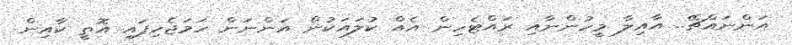
އަންނައްޗޭ.. އާއިލާ މީހުންނާއި ރައްޓެހިން އެއް ކުލައަކުން އަންނަން ހަމަޖެހިފައި އޮތީ ކާއިން